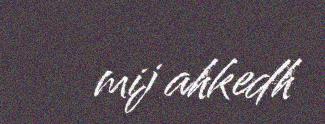
mij ahkedh